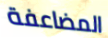
المضاعفة